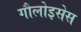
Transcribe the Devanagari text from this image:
गौलोइसेस